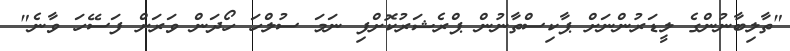
"ތާލިބާނުންގެ ލީޑަރުންނަށް ޕާކިސްތާނުން ޕްރެޝަރުކޮށްފި ނަމަ ސުލްހަ ހޯދަން ވަރަށް ފަސޭހަ ވާނެ"